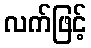
လက်ဖြင့်